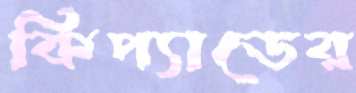
কিপ্যাডের